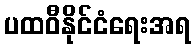
ပထဝီနိုင်ငံရေးအရ